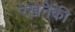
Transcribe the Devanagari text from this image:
रखनेकी